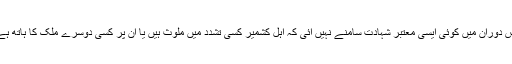
اس دوران میں کوئی ایسی معتبر شہادت سامنے نہیں آئی کہ اہلِ کشمیر کسی تشدد میں ملوث ہیں یا ان پر کسی دوسرے ملک کا ہاتھ ہے۔